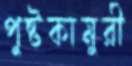
পুষ্টকামুরী